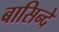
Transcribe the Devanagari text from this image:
बासिन्दे